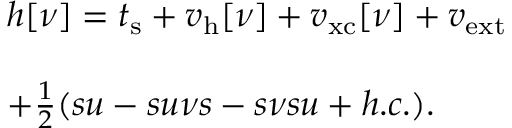
\begin{array} { l } { { \displaystyle h [ \nu ] = t _ { \mathrm { s } } + v _ { \mathrm { h } } [ \nu ] + v _ { \mathrm { x c } } [ \nu ] + v _ { \mathrm { e x t } } } } \\ { ~ ~ } \\ { + \frac { 1 } { 2 } ( s u - s u \nu s - s \nu s u + h . c . ) . } \end{array}